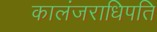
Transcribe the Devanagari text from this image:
कालंजराधिपति